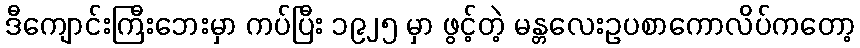
ဒီကျောင်းကြီးဘေးမှာ ကပ်ပြီး ၁၉၂၅ မှာ ဖွင့်တဲ့ မန္တလေးဥပစာကောလိပ်ကတော့